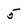
Character: 5